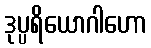
ဒုပ္ပရိယောဂါဟော